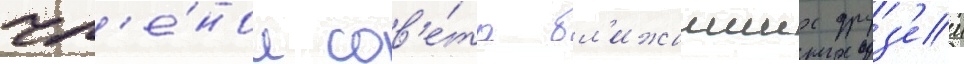
чл'е́ном сов'е́та бл'ижаиших друз'еи